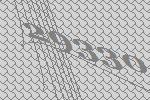
29330